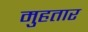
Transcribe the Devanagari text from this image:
मुहतार